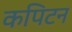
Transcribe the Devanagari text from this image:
कपिटन